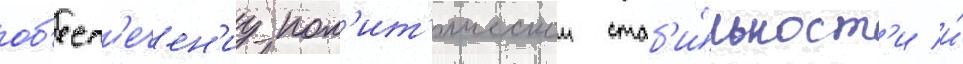
об'есп'ечен'иу пол'ит'ическои стаб'и́льност'и и́